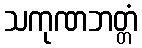
သကုဏဘတ္တံ